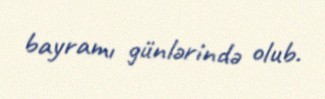
bayramı günlərində olub.